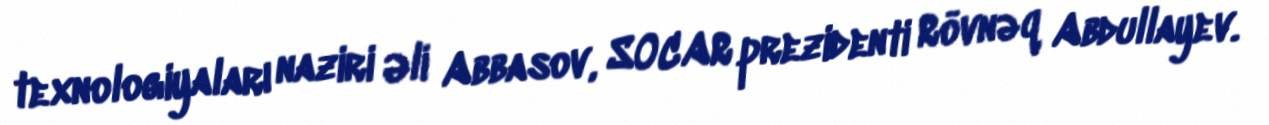
texnologiyaları naziri Əli Abbasov, SOCAR prezidenti Rövnəq Abdullayev.